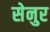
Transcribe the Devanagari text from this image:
सेनुर